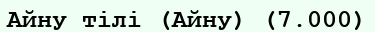
Айну тілі (Айну) (7.000)